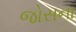
જોસના